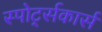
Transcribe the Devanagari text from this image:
स्पोर्ट्सकार्स